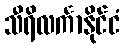
သီရိလင်္ကာနိုင်ငံ